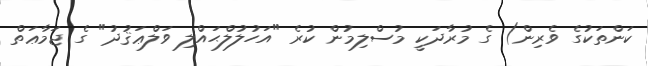
ކަންތަކުގެ ވެރިން) ގެ މުރާދަކީ މުސްލިމުން ކުރެ "އަހުލުލްޙައްލި ވަލްޢަޤުދު" ގެ ޖަމާޢަތް